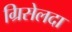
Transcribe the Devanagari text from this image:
ग्रिसेलदा